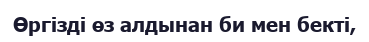
Өргізді өз алдынан би мен бекті,